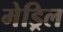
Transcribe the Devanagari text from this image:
मेड्रिल